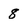
Character: 8